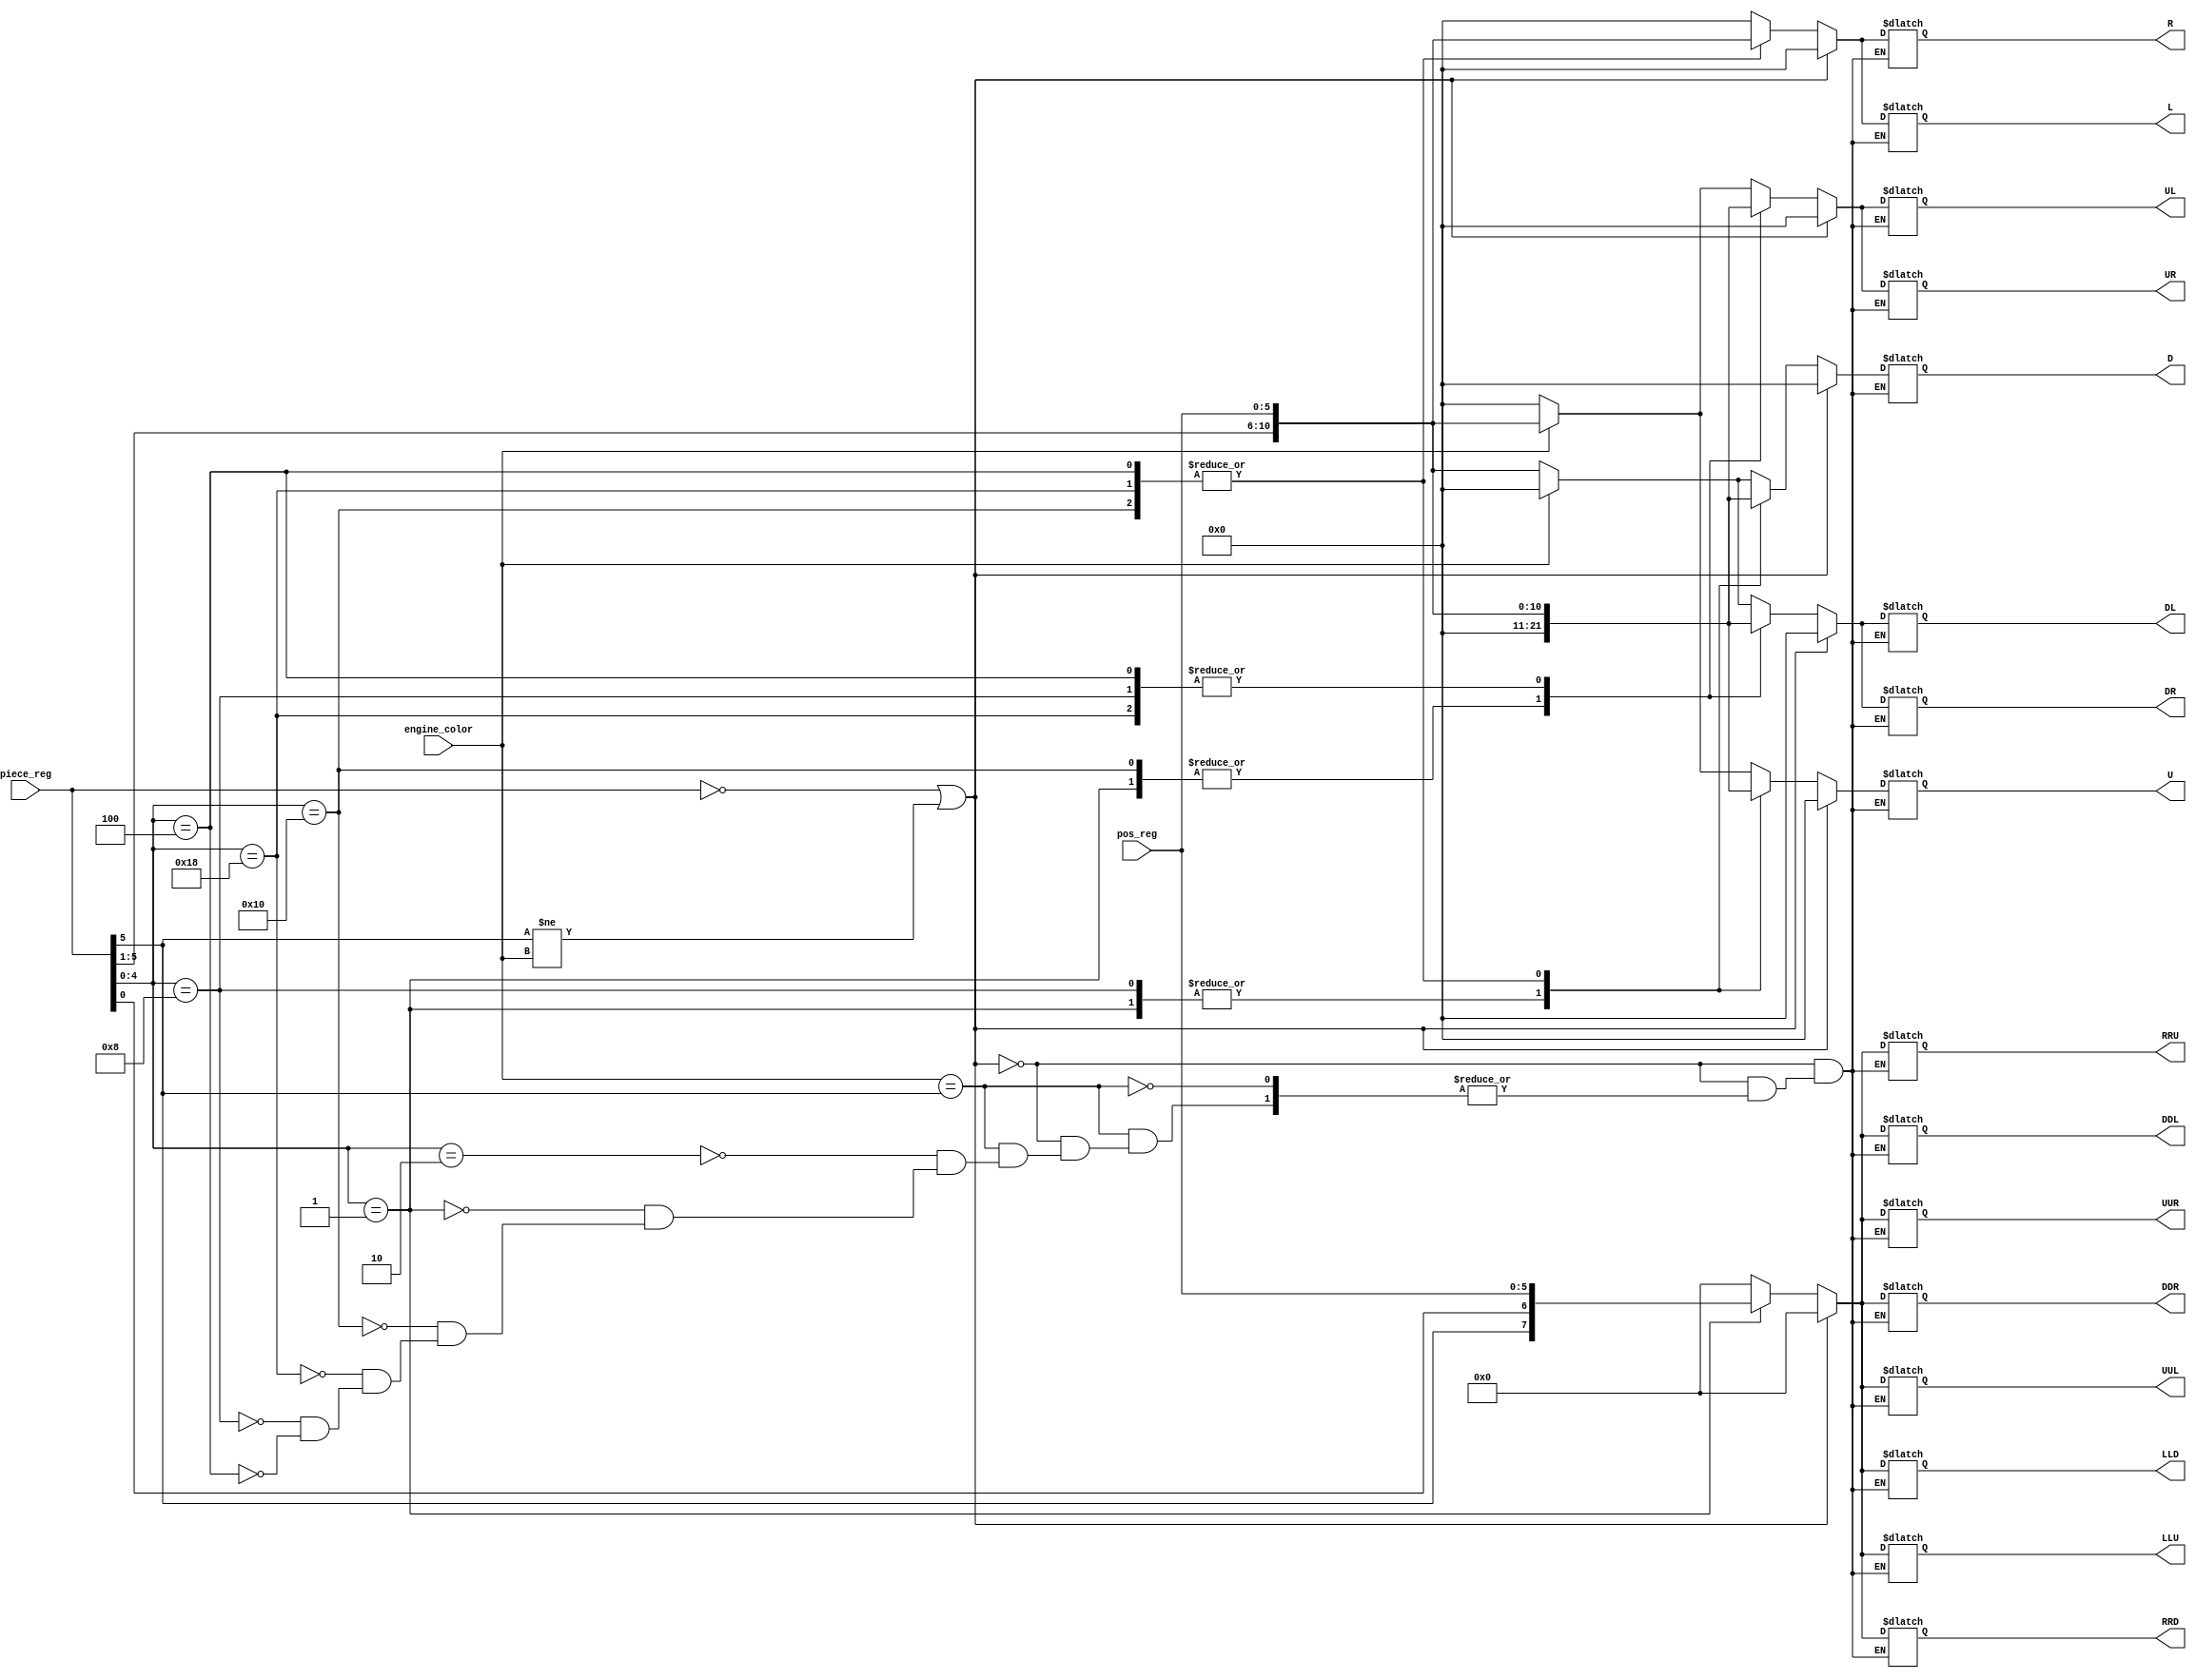
module Transmitter (//In
								engine_color, piece_reg,pos_reg,
								//Out
								U,D,L,R,UL,UR,DL,DR, 
								UUL,UUR,LLU,RRU,DDL,DDR,LLD,RRD);
input  engine_color;
input[5:0] piece_reg;
input[5:0] pos_reg;

//Output
output reg [10:0] U;
output reg [10:0] D;
output reg [10:0] L;
output reg [10:0] R;
output reg [10:0] UL;
output reg [10:0] UR;
output reg [10:0] DL;
output reg [10:0] DR;
//Output knight
output reg [7:0] UUL;
output reg [7:0] UUR;
output reg [7:0] LLU;
output reg [7:0] RRU;
output reg [7:0] DDL;
output reg [7:0] DDR;
output reg [7:0] LLD;
output reg [7:0] RRD;
//Parameters
parameter EMPTY = 6'b000000;
parameter SEND_EMPTY = 11'b00000000000;
parameter SEND_EMPTY_KNIGHT = 8'b00000000;
parameter WHITE = 1'b1;
parameter BLACK = 1'b0;

parameter PAWN = 5'b00010;
parameter KNIGHT = 5'b00001;
parameter KING = 5'b00100;
parameter QUEEN = 5'b11000;
parameter ROOK = 5'b10000;
parameter BISHOP = 5'b01000;
//Logic
 always @(*) 
    begin
		if ( piece_reg == EMPTY || piece_reg[5] != engine_color) //If piece reg is empty, no output is sent
			begin
				U = SEND_EMPTY;
				R = SEND_EMPTY;
				L = SEND_EMPTY;
				D = SEND_EMPTY;
				
				UL = SEND_EMPTY;
				UR = SEND_EMPTY;
				DL = SEND_EMPTY;
				DR = SEND_EMPTY;
				//Night
				UUL =SEND_EMPTY_KNIGHT;
				UUR =SEND_EMPTY_KNIGHT;
				DDL =SEND_EMPTY_KNIGHT;
				DDR =SEND_EMPTY_KNIGHT;
				
				LLU = SEND_EMPTY_KNIGHT;
				RRU = SEND_EMPTY_KNIGHT;
				LLD  = SEND_EMPTY_KNIGHT;
				RRD = SEND_EMPTY_KNIGHT;
			end
	else if (engine_color == piece_reg[5]) //if piece is same color as engine color
			begin
				case (piece_reg[4:0])
					PAWN: //Pawn
						if(engine_color == WHITE)
							begin //only goes up
								U = { piece_reg[5:1], pos_reg};
								R = SEND_EMPTY;
								L = SEND_EMPTY;
								D = SEND_EMPTY;
								//diagonals for capture
								UL = { piece_reg[5:1], pos_reg};
								UR ={ piece_reg[5:1], pos_reg};
								DL = SEND_EMPTY;
								DR = SEND_EMPTY;
								//Knight
								UUL = SEND_EMPTY_KNIGHT;
								UUR =SEND_EMPTY_KNIGHT;
								DDL =SEND_EMPTY_KNIGHT;
								DDR =SEND_EMPTY_KNIGHT;

								LLU = SEND_EMPTY_KNIGHT;
								RRU =SEND_EMPTY_KNIGHT;
								LLD = SEND_EMPTY_KNIGHT;
								RRD =SEND_EMPTY_KNIGHT;
							end 
						else if(engine_color == BLACK)
							begin //only goes down
								U = SEND_EMPTY;
								R = SEND_EMPTY;
								L = SEND_EMPTY;
								D = { piece_reg[5:1], pos_reg};
								//diagonals for capture
								UL = SEND_EMPTY;
								UR = SEND_EMPTY;
								DL =	{piece_reg[5:1], pos_reg};
								DR =	{ piece_reg[5:1], pos_reg};
								//Knight
								UUL = SEND_EMPTY_KNIGHT;
								UUR =SEND_EMPTY_KNIGHT;
								DDL =SEND_EMPTY_KNIGHT;
								DDR =SEND_EMPTY_KNIGHT;

								LLU = SEND_EMPTY_KNIGHT;
								RRU =SEND_EMPTY_KNIGHT;
								LLD = SEND_EMPTY_KNIGHT;
								RRD =SEND_EMPTY_KNIGHT;
						end 
					KNIGHT: //Knight
						//All Non-knight pieces 0
						begin
								U = SEND_EMPTY;
								R = SEND_EMPTY;
								L = SEND_EMPTY;
								D = SEND_EMPTY;

								UL = SEND_EMPTY;
								UR = SEND_EMPTY;
								DL = SEND_EMPTY;
								DR = SEND_EMPTY;
								//Knight
								UUL = { piece_reg[5],piece_reg[0], pos_reg};
								UUR = { piece_reg[5],piece_reg[0], pos_reg};
								DDL = { piece_reg[5],piece_reg[0], pos_reg};
								DDR = { piece_reg[5],piece_reg[0], pos_reg};

								LLU ={ piece_reg[5],piece_reg[0], pos_reg};
								RRU ={ piece_reg[5],piece_reg[0], pos_reg};
								LLD = { piece_reg[5],piece_reg[0], pos_reg};
								RRD = { piece_reg[5],piece_reg[0], pos_reg};
						end		
								
					ROOK: //Rook
						begin
								U = { piece_reg[5:1], pos_reg};
								R = { piece_reg[5:1], pos_reg};
								L = { piece_reg[5:1], pos_reg};
								D = { piece_reg[5:1], pos_reg};

								UL = SEND_EMPTY;
								UR =SEND_EMPTY;
								DL =	SEND_EMPTY;
								DR =	SEND_EMPTY;
								
								//Knight
								
								UUL = SEND_EMPTY_KNIGHT;
								UUR =SEND_EMPTY_KNIGHT;
								DDL =SEND_EMPTY_KNIGHT;
								DDR =SEND_EMPTY_KNIGHT;

								LLU = SEND_EMPTY_KNIGHT;
								RRU =SEND_EMPTY_KNIGHT;
								LLD = SEND_EMPTY_KNIGHT;
								RRD =SEND_EMPTY_KNIGHT;
						
						end
					QUEEN: //Queen
						begin
								U = { piece_reg[5:1], pos_reg};
								R = { piece_reg[5:1], pos_reg};
								L = { piece_reg[5:1], pos_reg};
								D = { piece_reg[5:1], pos_reg};

								UL = { piece_reg[5:1], pos_reg};
								UR ={ piece_reg[5:1], pos_reg};
								DL =	{ piece_reg[5:1], pos_reg};
								DR =	{piece_reg[5:1], pos_reg};
								
								//Knight
								
								UUL = SEND_EMPTY_KNIGHT;
								UUR =SEND_EMPTY_KNIGHT;
								DDL =SEND_EMPTY_KNIGHT;
								DDR =SEND_EMPTY_KNIGHT;

								LLU = SEND_EMPTY_KNIGHT;
								RRU =SEND_EMPTY_KNIGHT;
								LLD = SEND_EMPTY_KNIGHT;
								RRD =SEND_EMPTY_KNIGHT;
							end
					
					BISHOP: //Bishop
						begin
								U = SEND_EMPTY;
								R = SEND_EMPTY;
								L = SEND_EMPTY;
								D = SEND_EMPTY;

								UL = 	{ piece_reg[5:1], pos_reg};
								UR =		{ piece_reg[5:1], pos_reg};
								DL =		{ piece_reg[5:1], pos_reg};
								DR =		{ piece_reg[5:1], pos_reg};
								
								//Knight
								
								UUL = SEND_EMPTY_KNIGHT;
								UUR =SEND_EMPTY_KNIGHT;
								DDL =SEND_EMPTY_KNIGHT;
								DDR =SEND_EMPTY_KNIGHT;

								LLU = SEND_EMPTY_KNIGHT;
								RRU =SEND_EMPTY_KNIGHT;
								LLD = SEND_EMPTY_KNIGHT;
								RRD =SEND_EMPTY_KNIGHT;
								
							end
						KING: //KING
							begin
								U = { piece_reg[5:1], pos_reg};
								R = { piece_reg[5:1], pos_reg};
								L = { piece_reg[5:1], pos_reg};
								D = { piece_reg[5:1], pos_reg};

								UL = 	{ piece_reg[5:1], pos_reg};
								UR =		{ piece_reg[5:1], pos_reg};
								DL =		{ piece_reg[5:1], pos_reg};
								DR =		{ piece_reg[5:1], pos_reg};
								
								//Knight
								
								UUL = SEND_EMPTY_KNIGHT;
								UUR = SEND_EMPTY_KNIGHT;
								DDL = SEND_EMPTY_KNIGHT;
								DDR = SEND_EMPTY_KNIGHT;

								LLU = SEND_EMPTY_KNIGHT;
								RRU = SEND_EMPTY_KNIGHT;
								LLD = SEND_EMPTY_KNIGHT;
								RRD = SEND_EMPTY_KNIGHT;
							end
				endcase
			end
			
			

end
	
	
endmodule